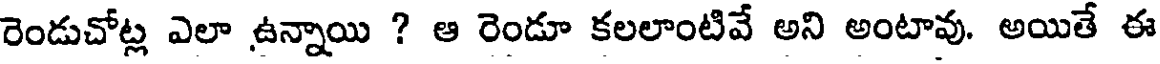
రెండుచోట్ల ఎలా ఉన్నాయి ? ఆ రెండూ కలలాంటివే అని అంటావు. అయితే ఈ